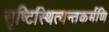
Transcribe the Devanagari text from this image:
सृष्टिस्थित्यन्तकर्मणि